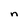
Character: n